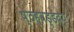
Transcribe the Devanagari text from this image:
ष्ठह्वड्डद्य